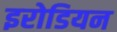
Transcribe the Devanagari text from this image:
इरोडियन